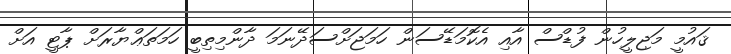
ޤައުމީ މަޖިލީހުން ފުޑްސް އާއި އެކޮމަޑޭސަން ހަމަޖަށްސަދޭނަމަ ދާންމިތިބީ ހަމަތަޢްޔާރަށް ޕާޓީ އަށް